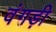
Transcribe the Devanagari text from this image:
वंगड़ी